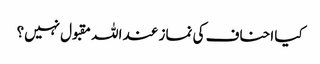
کیا احناف کی نماز عند اللہ مقبول نہیں؟